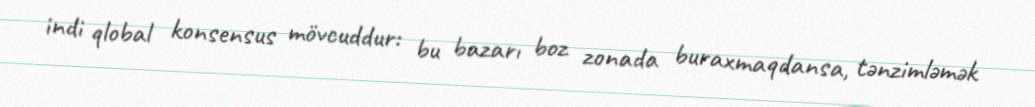
indi qlobal konsensus mövcuddur: bu bazarı boz zonada buraxmaqdansa, tənzimləmək